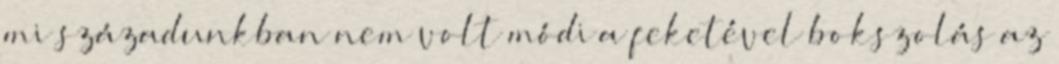
mi századunkban nem volt módi a feketével bokszolás az